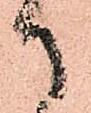
御